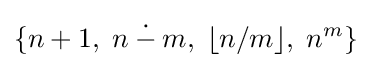
\{n+1,\;n\mathbin {\dot {-}} m,\;\lfloor n/m\rfloor ,\;n^{m}\}